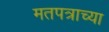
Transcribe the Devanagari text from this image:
मतपत्राच्या